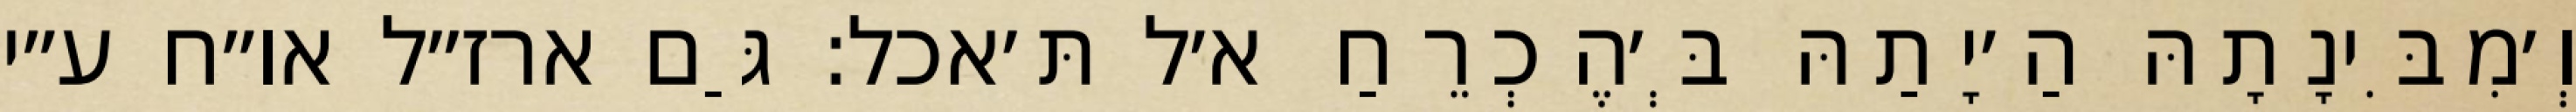
וְ׳מִבִּינָתָהּ הַ׳יָתַהּ בְּ׳הֶכְרֵחַ א׳ל תּ׳אכל: גַּם ארז״ל או״ח ע״י